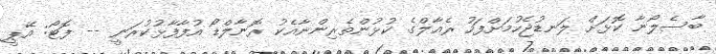
ބާސެލޯނާ ކޮޅަށް ލަނޑުޖެހުމަށްފަހު ރެއާލްގެ ކުޅުންތެރިންނާއެކު ރޮނާލްޑޯ އުފާފާޅުކުރަނީ -- ފޮޓޯ: އޭޕީ